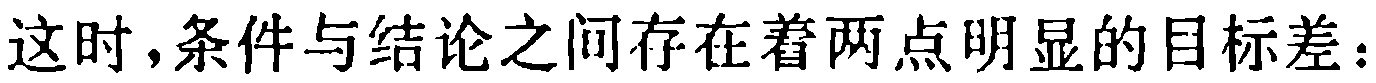
这时，条件与结论之间存在着两点明显的目标差：